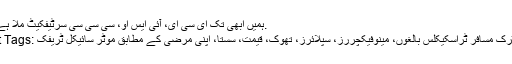
A: ہمیں ابھی تک ای سی ای، آئی ایس او، سی سی سی سرٹیفکیٹ ملا ہے.
Hot Tags: الیکٹرک مسافر ٹراسکیکلس بالغوں، مینوفیکچررز، سپلائرز، تھوک، قیمت، سستا، اپنی مرضی کے مطابق موٹر سائیکل ٹریفک